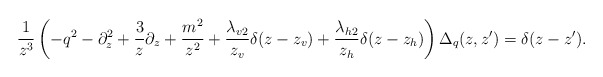
\begin{align*}\frac{1}{z^3} \left( -q^2 - \partial_z^2 + \frac{3}{z}\partial_z + \frac{m^2}{z^2} + \frac{\lambda_{v2}}{z_v} \delta(z-z_v) +\frac{\lambda_{h2}}{z_h} \delta(z-z_h) \right) \Delta_q(z,z')= \delta(z-z').\end{align*}